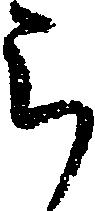
被